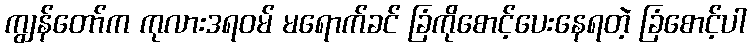
ကျွန်တော်က ကုလားဒရဝမ် မရောက်ခင် ခြံကိုစောင့်ပေးနေရတဲ့ ခြံစောင့်ပါ